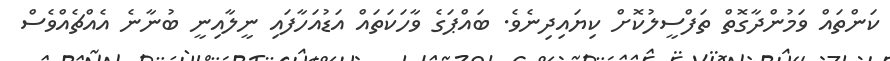
ކަންތައް ވަމުންދާގޮތް ތަފްސީލުކޮށް ކިޔައިދިނެވެ. ބައްޕަގެ ވާހަކަތައް އަޑުއަހާފައި ނީލާއިނީ ބުނާނެ އެއްޗެއްވެސް